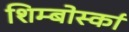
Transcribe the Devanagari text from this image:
शिम्बोर्स्का